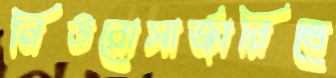
নিউরোসার্জারিতে